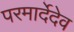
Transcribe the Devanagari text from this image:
परमार्देदेव